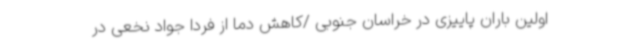
اولین باران پاییزی در خراسان جنوبی /کاهش دما از فردا جواد نخعی در